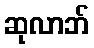
ဆုလာဘ်